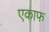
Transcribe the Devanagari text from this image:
एकाफ